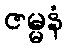
ဇမ္မနံ